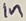
Text: In